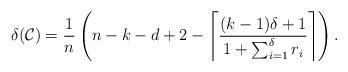
LaTeX: \begin{align*}\delta(\mathcal{C}) =\frac{1}{n}\left(n-k-d+2-\left\lceil\frac{(k-1)\delta+1}{1+\sum_{i=1}^{\delta}r_i}\right\rceil\right).\end{align*}